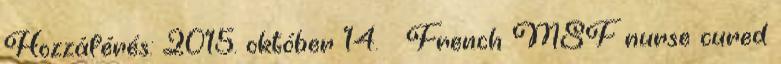
Hozzáférés: 2015. október 14. ↑ French MSF nurse cured